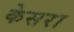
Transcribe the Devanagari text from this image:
केसरा